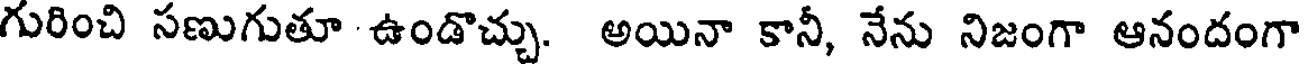
గురించి సణుగుతూ ఉండొచ్చు. అయినా కానీ, నేను నిజంగా ఆనందంగా